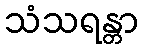
သံသရန္တာ